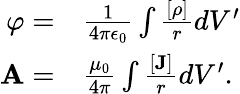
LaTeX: \begin{array}{rl}{\varphi=}&{{}\frac{1}{4\pi\epsilon_{0}}\int\frac{\left[\rho\right]}{r}dV^{\prime}}\\ {{\mathbf A}=}&{{}\frac{\mu_{0}}{4\pi}\int\frac{[{\mathbf J}]}{r}dV^{\prime}.}\end{array}